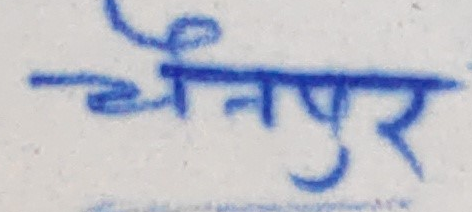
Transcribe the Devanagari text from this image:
चनपुर